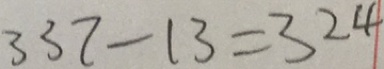
3 3 7 - 1 3 = 3 2 4